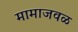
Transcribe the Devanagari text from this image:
मामाजवळ